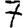
Digit: 7